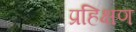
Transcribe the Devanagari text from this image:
प्रहिक्षण